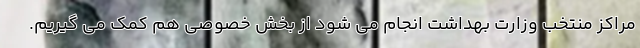
مراکز منتخب وزارت بهداشت انجام می شود از بخش خصوصی هم کمک می گیریم.